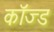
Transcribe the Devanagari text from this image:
कॉज्ड